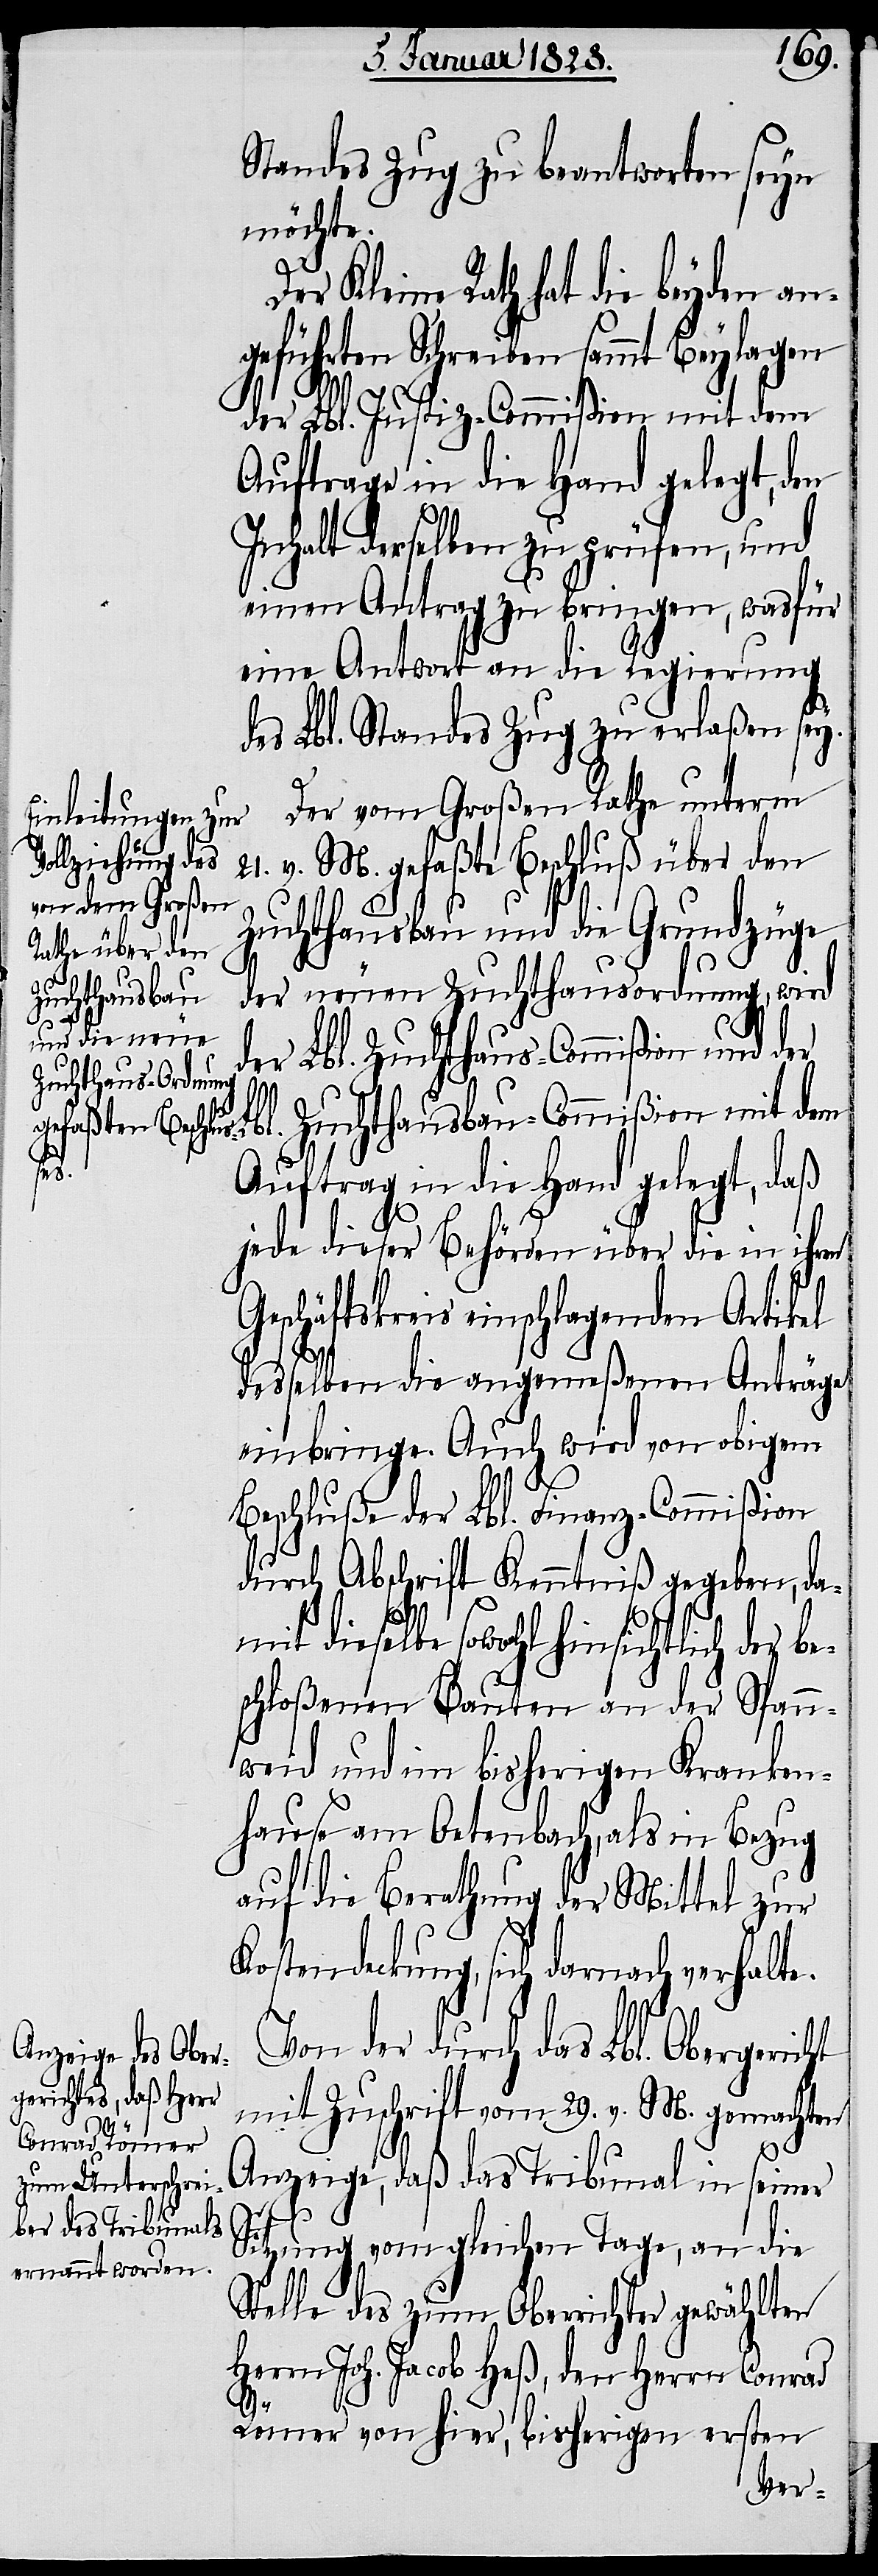
Standes Zug zu beantworten seyn
möchte.
Der Kleine Rath hat die beyden an¬
geführten Schreiben sammt Beylagen
der Lbl. Justiz-Commißion mit dem
Auftrage in die Hand gelegt, den
Inhalt derselben zu prüfen, und
einen Antrag zu bringen, wasfür
eine Antwort an die Regierung
des Lbl. Standes Zug zu erlaßen sey.
Der vom Großen Rathe unterm
21. v. M. gefaßte Beschluß über den
Zuchthausbau und die Grundzüge
der neuen Zuchthausordnung, wird
der Lbl. Zuchthaus-Commißion und der
Zuchthausbau-Commißion mit dem
Auftrag in die Hand gelegt, daß
jede dieser Behörden über die in ihren
Geschäftskreis einschlagenden Artikel
desselben die angemeßenen Anträge
einbringe. Auch wird von obigem
Beschluße der Lbl. Finanz-Commißion
durch Abschrift Kenntniß gegeben, da¬
dieselbe sowohl hinsichtlich der b¬
schloßenen Bauten an der Spann¬
weid und im bisherigen Kranken¬
hause am Oetenbach, als in Bezug
auf die Berathung der Mittel zur
Kostendeckung, sich darnach verhalt¬
Von der durch das Lbl. Obergeric¬
mit Zuschrift vom 29. v. M. gemachten
ht
Anzeige, daß das Tribunal in seiner
Sitzung vom gleichen Tage, an die
Stelle des zum Oberrichter gewählten
Herrn Joh. Jacob Heß, den Herrn Conrad
e.
Römer von hier, bisherigen ersten